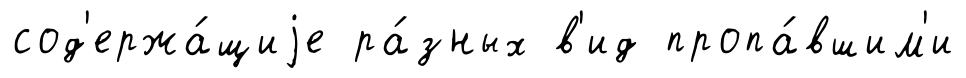
сод'ержа́щиjе ра́зных в'ид пропа́вшим'и